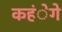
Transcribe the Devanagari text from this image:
कहंेगे